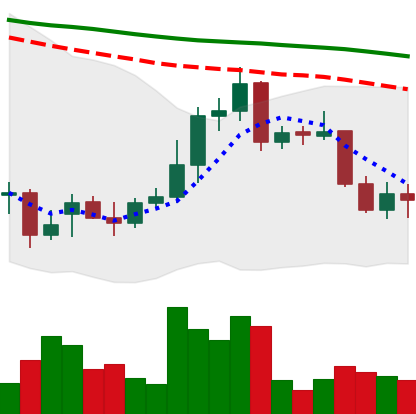
Ticker: XRP-USD
Chart end date: 2021-12-31
Forward return: -6.834%
Label: down_5_7